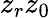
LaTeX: z_{r}z_{0}